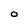
Character: O